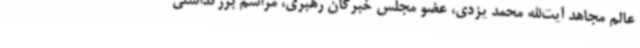
عالم مجاهد آیت‌الله محمد یزدی، عضو مجلس خبرگان رهبری، مراسم بزرگداشتی